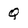
Character: Q